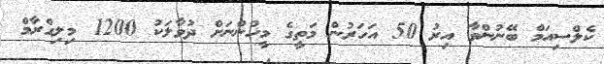
ކެލްސިއަމް ބޭނުންވާ އިރު 50 އަހަރުން މަތީގެ މީހުންނަށް ދުވާލަކު 1200 މިލިގްރާމް